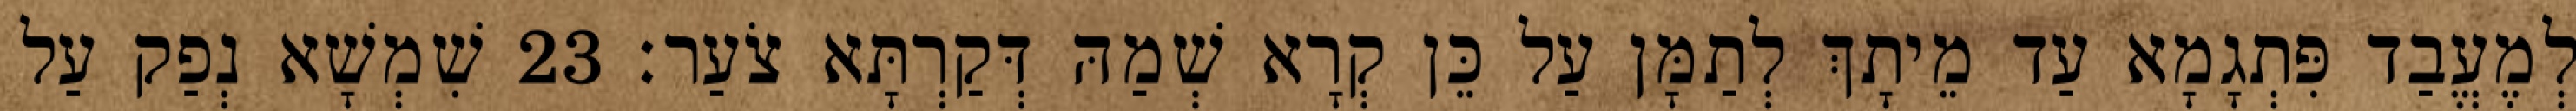
לְמֶעֱבַד פִּתְגָמָא עַד מֵיתָךְ לְתַמָּן עַל כֵּן קְרָא שְׁמַהּ דְּקַרְתָּא צֹעַר׃ 23 שִׁמְשָׁא נְפַק עַל